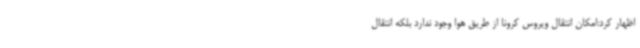
اظهار کرد:امکان انتقال ویروس کرونا از طریق هوا وجود ندارد بلکه انتقال